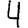
Digit: 4